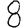
Digit: 8